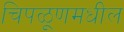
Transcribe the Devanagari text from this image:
चिपळूणमधील